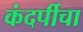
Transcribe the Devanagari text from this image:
कंदर्पीचा